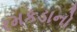
રમકડાનો